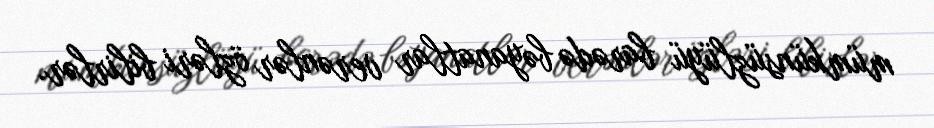
mümkünsüzlüyü barədə bəyanatlar verənlər özləri bilirlər.